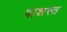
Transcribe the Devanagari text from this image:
पाशस्त